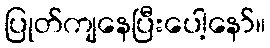
ပြုတ်ကျနေပြီးပေါ့နော်။